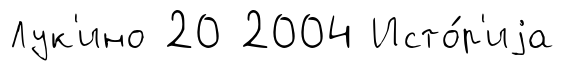
Лук'ино 20 2004 Исто́р'иjа